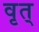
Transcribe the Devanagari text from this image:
वृत्